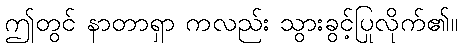
ဤတွင် နာတာရှာ ကလည်း သွားခွင့်ပြုလိုက်၏။